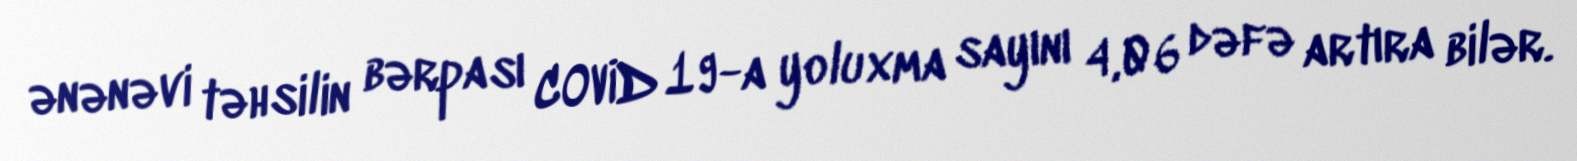
ənənəvi təhsilin bərpası COVİD 19-a yoluxma sayını 4,06 dəfə artıra bilər.